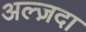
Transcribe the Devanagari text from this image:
अल्ज़दा